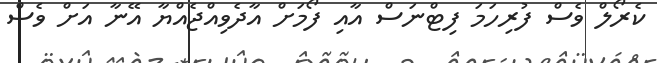
ކެރޯލް ވެސް ފުރިހަމަ ފިޓްނަސް އާއި ފޯމަށް އާދެވިއްޖެއްޔާ އޭނާ އަށް ވެސް